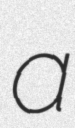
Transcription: a